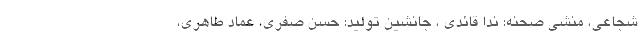
شجاعی، منشی صحنه: ندا قائدی ، جانشین تولید: حسن صفری، عماد طاهری،